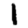
Digit: 1